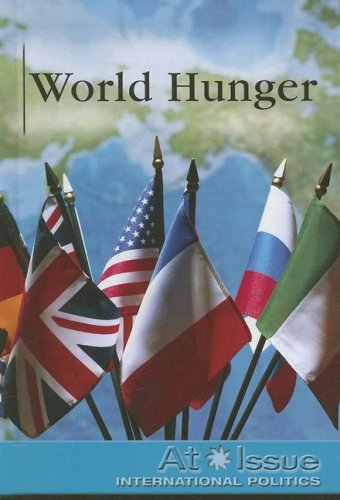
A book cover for World Hunger (At Issue); Susan C. Hunnicut; Teen & Young Adult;